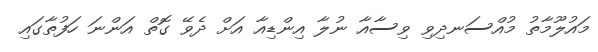
މައުލޫމާތު މުއްސަނދިވި ވިސާއާ ނުލާ އިންޑިއާ އަށް ދެވޭ ގޮތް އަންނަ ހަފުތާގައި